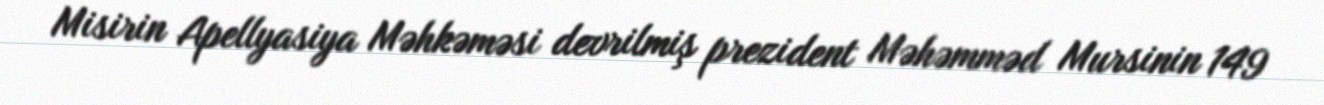
Misirin Apellyasiya Məhkəməsi devrilmiş prezident Məhəmməd Mursinin 149